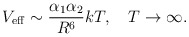
\begin{align*}V_{\rm eff}\sim{\alpha_1\alpha_2\over R^6}kT, \quad T\to\infty.\end{align*}